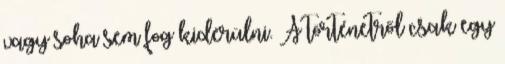
vagy soha sem fog kiderülni. A történetről csak egy